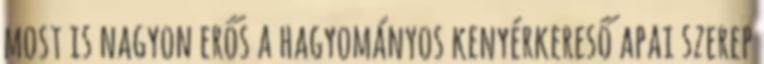
most is nagyon erős a hagyományos kenyérkereső apai szerep